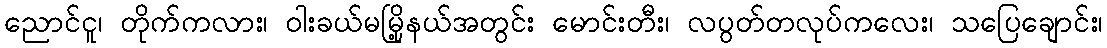
ညောင်ငူ၊ တိုက်ကလား၊ ဝါးခယ်မမြို့နယ်အတွင်း မောင်းတီး၊ လပွတ်တလုပ်ကလေး၊ သပြေချောင်း၊